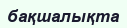
бақшалықта